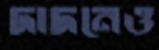
দাদনেও